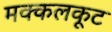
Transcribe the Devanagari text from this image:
मक्कलकूट